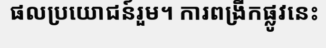
ផលប្រយោជន៍រួម។ ការពង្រីកផ្លូវនេះ